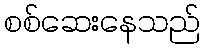
စစ်ဆေးနေသည်